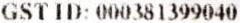
GST ID: 000381399040